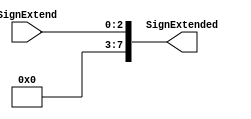
module sign_extension_unit(
    // Input is 3 bit immediate data which needs to sign extended.
    input [2:0] SignExtend,
    
    //  Output is sign extended.
    output reg[7:0] SignExtended 
    );
  
always @(*)
    begin
    // As per the project requirement, we dont care about whats in the MSB.
    // We simply add 5 zero bits in the upper bits.
     SignExtended <= {{5{0}} , SignExtend};
    end
endmodule